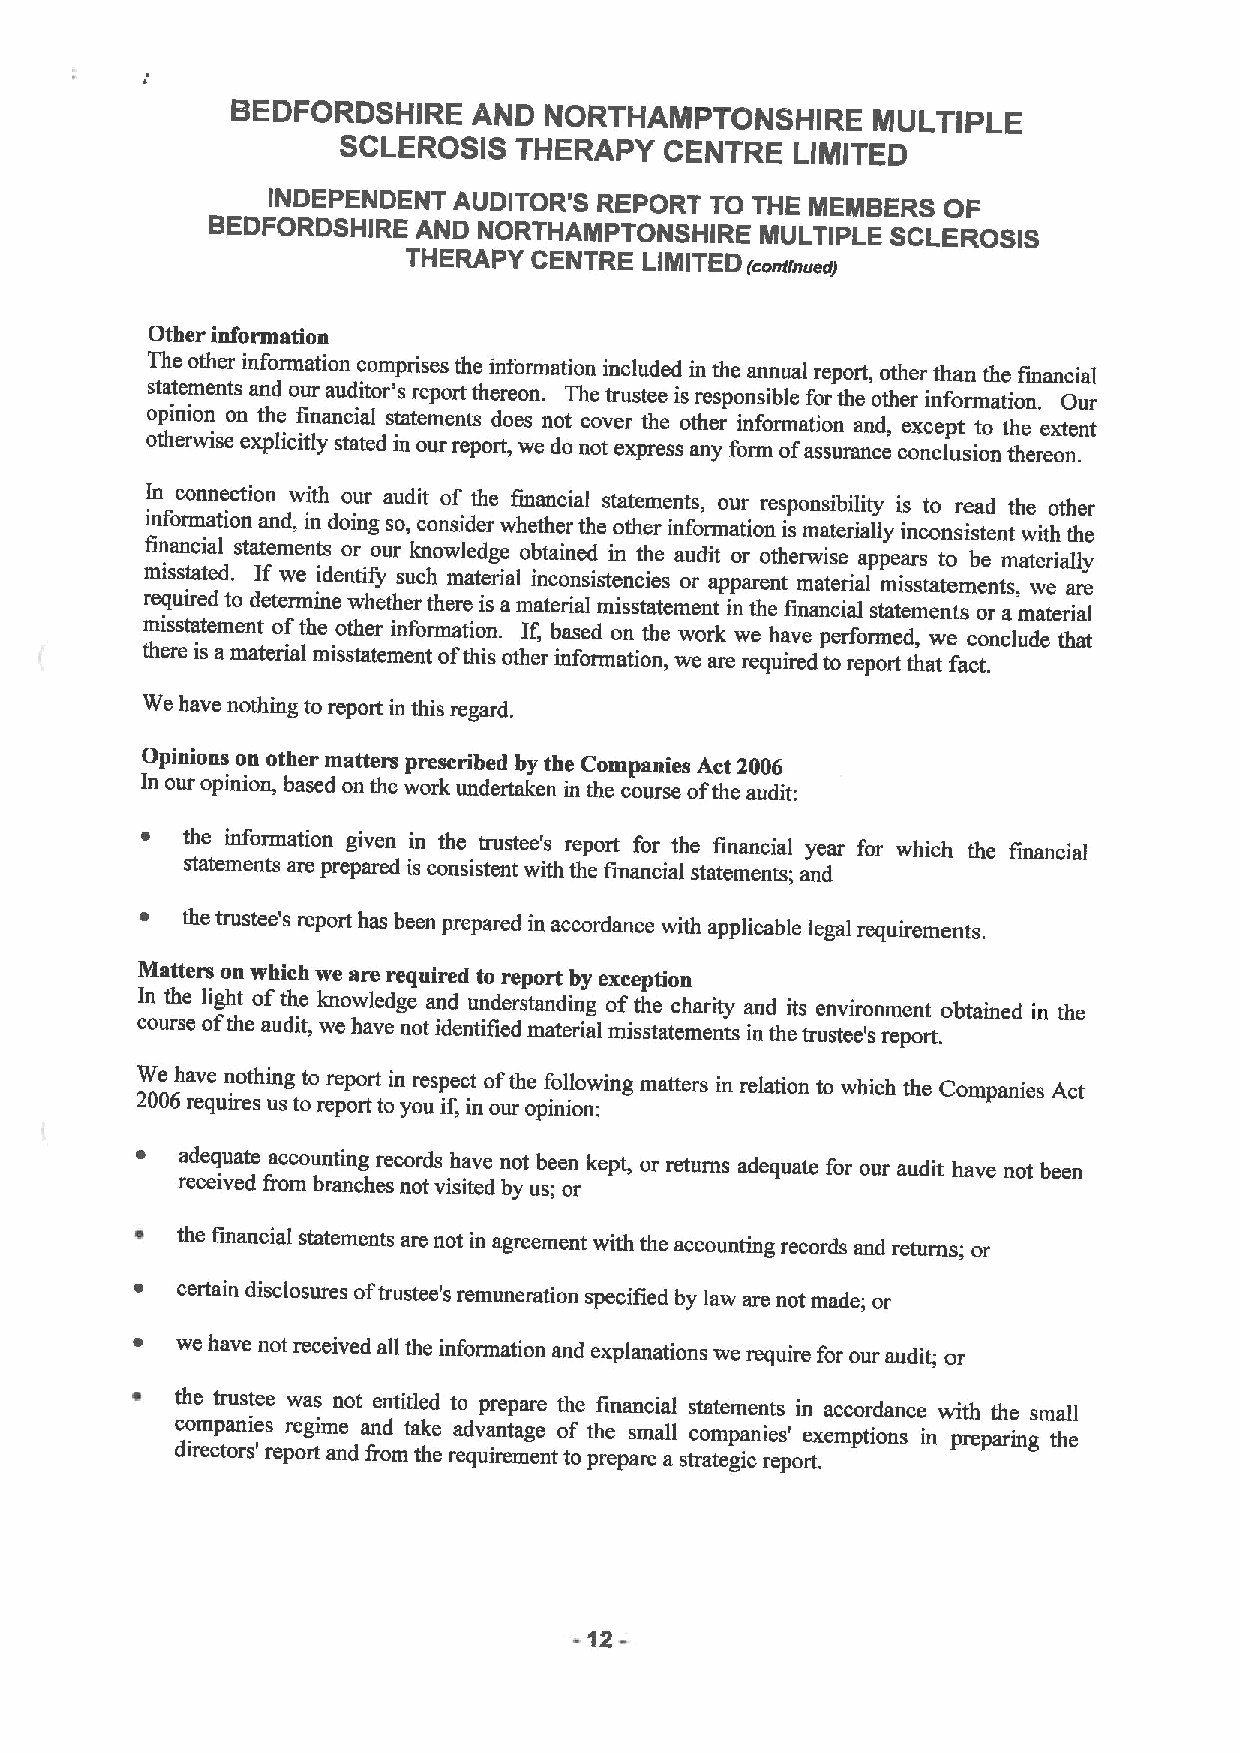
BEDFORDSHIRE    AND  NORTHAMPTONSHIRE      MULTIPLE
 SCLEROSIS   THERAPY   CENTRE   LIMITED
 INDEPENDENT AUDITOR'S REPORT TO THE MEMBERS OF
 BEDFORDSHIRE  AND NORTHAMPTONSHIRE  MULTIPLE SCLEROSIS
 THERAPY CENTRE  LIMITED
 (continuedj
 Other information
 The other information comprises the information included in the annual report, other than the financial
 statements and our auditor's report thereon. The trustee is responsible for the other information. Our
 opinion on the financial statements does not cover the other information and, except to the extent
 otherwise explicitly stated in our report, we do not express any form ofassurance conclusion thereon.
 In connection with our audit of the financial statements, our responsibility is to read the other
 information and, in doing so, consider whether the other information is materially inconsistent with the
 financial statements or our knowledge obtained in the audit or otherwise appears to be materially
 misstated. If we identify such material inconsistencies or apparent material misstatements, we are
 required to determine whether there is a material misstatement in the financial statements or a material
 misstatement ofthe other information. If, based on the work we have performed, we conclude that
 there is amaterial misstatement ofthis other information, we are required to report that fact.
 We have nothing to report in this regard.
 Opinions on other matters prescribed by the Companies Act 2006
 In our opinion, based on the work undertaken in the course ofthe audit:
 ~  the information given in the trustee's report for the financial year for which the financial
 statements are prepared is consistent with the financial statements; and
 ~  the trustee's report has been prepared in accordance with applicable legal requirements.
 Matters on which we are required to report by exception
 cIn out rh se
 e
 l oig fh tt heo af udth ite
 ,
 k wn eow hale vd ege notan idd enu tin fid ee drsta mnd ati en rg
 ial
 o mf ist sh te atec mh ea nri tt sy a innd theits true sn tv ei er 'o snm ree pn ot rt.obtained in the
 We have nothing to report in respect ofthe following matters in relation to which the Companies Act
 2006 requires us to report to you if, in our opinion:
 ~  adequate accounting records have not been kept, or returns adequate for our audit have not been
 received from branches not visited by us; or
 ~  the financial statements are not in agreement with the accounting records and return; or
 ~  certain disclosures oftrustee's remuneration specified by law are not made; or
 ~  we have not received all the information and explanations we require for our audit; or
 ~  the trustee was not entitled to prepare the financial statements in accordance with the small
 companies regime and take advantage of the small companies' exemptions in preparing the
 directors' report and from the requirement to prepare a strategic report.
 -12-